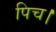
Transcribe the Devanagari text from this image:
पिच।